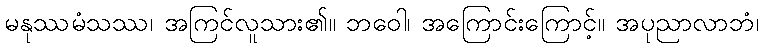
မနုဿမံသဿ၊ အကြင်လူသား၏။ ဘဝေါ၊ အကြောင်းကြောင့်။ အပုညာလာဘံ၊